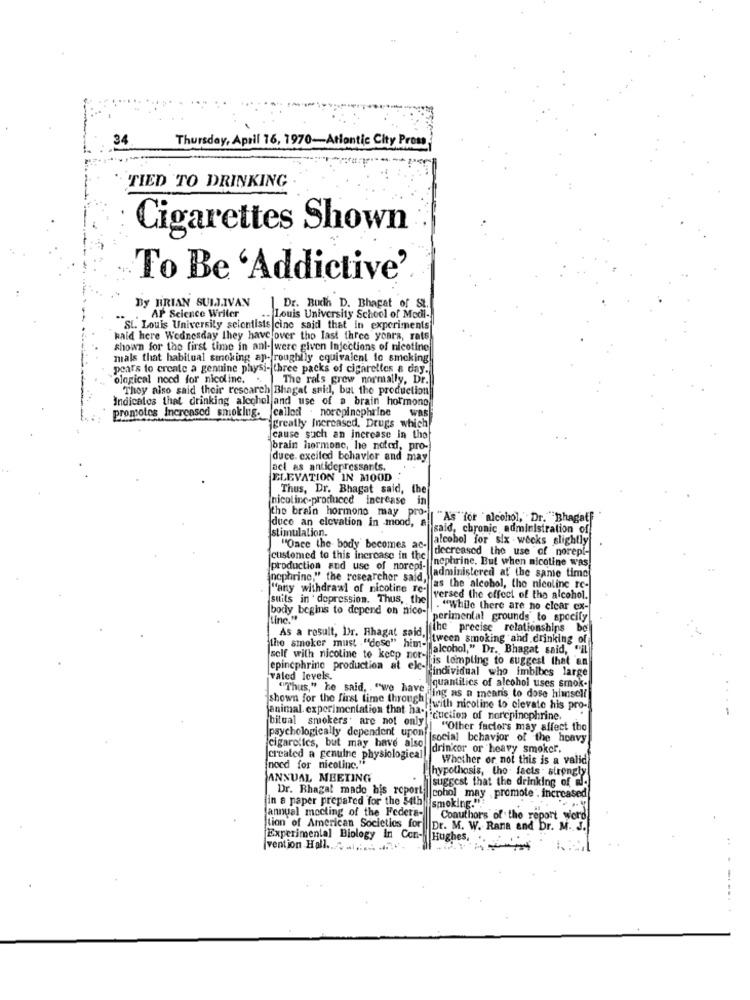
34
Thursday, April 76, 1970-Atlantic City Proms
TIED TO DRINKING
Cigarettes Shown
To Be 'Addictive'
By BRIAN SULLIVAN
Dr. Budh D. Bhagat of St.
AP Science Writer
.. Louis University School of Medi-
SL. Louis University scientists |cine said that in experiments
kald here Wednesday they have over the last three years, rats
shown for the first time in anl- were given Injections of nicotine
mals that habitual smoking ap- roughlly equivalent to smoking
pears to create a genuine physi- three packs of cigarettes a day.
ological nocd for nicoline. .. The rals grew normally, Dr.
They also said their research Bhagat said, but the production
Indicates that drinking alcohol and use of a brain hormone
promotes Increased smoking. called . norepinephrine Was
greatly Increased, Drugs which
cause such an increase in the
brain hormone, he noted, pro-
duce. excited behavior and may
act as antidepressants.
ELEVATION IN MOOD
Thus, Dr. Bhagat said, the
nicoline-produced increase in
the brain hormono may pro-
duco an elevation in mond, a
"As "for alcohol, Dr. Bhagatf
stimulation.
said, chronic administration of
alcohol for six weeks slightly
"Oace the body becomes ac-
decreased the use of norepl-
customed to this increase in the
nephrine. But when nicotine was
production and use of norepi-
nophrine," the researchor said,
(administered at the same time]
"any withdrawl of nicotine Te-
as the alcohol, tho nicoline te-
sulils in ' depression. Thus, the
versed the effect of the alcohol.
body begins to depend on nice-
. "While there are no clear ex-
tine."
perimental grounds to specify
As a result, Dr. Bhagat said,
the " precise relationships
De
the smoker must ""dose" him-
tween smoking and drinking of
"alcohol," Dr. Bhagat said, "il
self with nicotine to keep nor is tempting to suggest that an
epinephrine production at elc-
"individual who imbibes large
valed levels.
""Thus," he said, "we have;
quantilics of alcohol uses smok-
..
jing as a means to dose himself
shown for the first time through with nicotine to elevate his pro-
animal. experimentation that has eeuction of norepinephrine.
bilual smokers; are not only!
psychologically dependent upon
"Other factors may affect tho
cigarelles, but may have also
(social behavior of the heavy
drinkor or heavy smoker.
created a genuine physiological
Whether or not this is a valid
(nocd for nicotine."
ANNUAL MEETING
hypothosis, the facts ; strongly
suggest that the drinking of al-
in a paper prepared for the 54th
Dr. Bhagat mado his report cohol may promote . increased
(annual mocting of the Federa-
smoking.".
Lion of American Societies for
Coauthors of the report word
Dr. M. W. Rana and Dr. M. J.
Experimental Biology In Con- | Hughes,
vention Hall .... .........